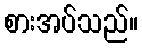
စားအပ်သည်။